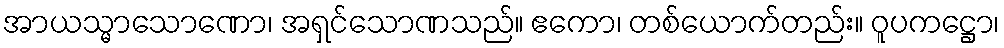
အာယသ္မာသောဏော၊ အရှင်သောဏသည်။ ဧကော၊ တစ်ယောက်တည်း။ ဝူပကဋ္ဌော၊